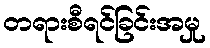
တရားစီရင်ခြင်းအမှု